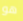
هو